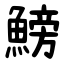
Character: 鰟